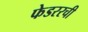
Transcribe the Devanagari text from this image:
फेडररची